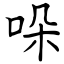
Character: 哚